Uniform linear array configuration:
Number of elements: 32
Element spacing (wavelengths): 1
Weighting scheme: blackman
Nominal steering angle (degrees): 15
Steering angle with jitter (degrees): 16.084
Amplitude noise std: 0.05
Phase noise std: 0.05

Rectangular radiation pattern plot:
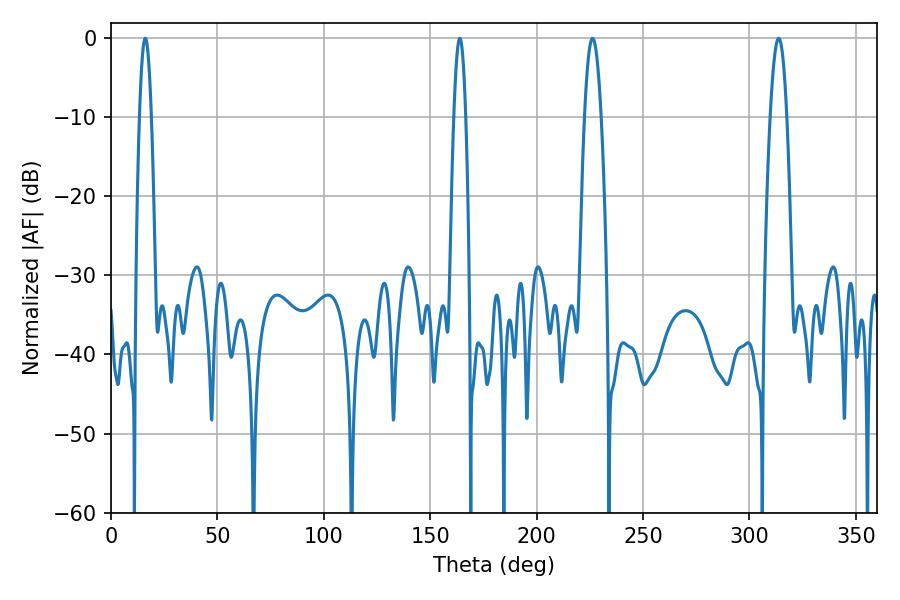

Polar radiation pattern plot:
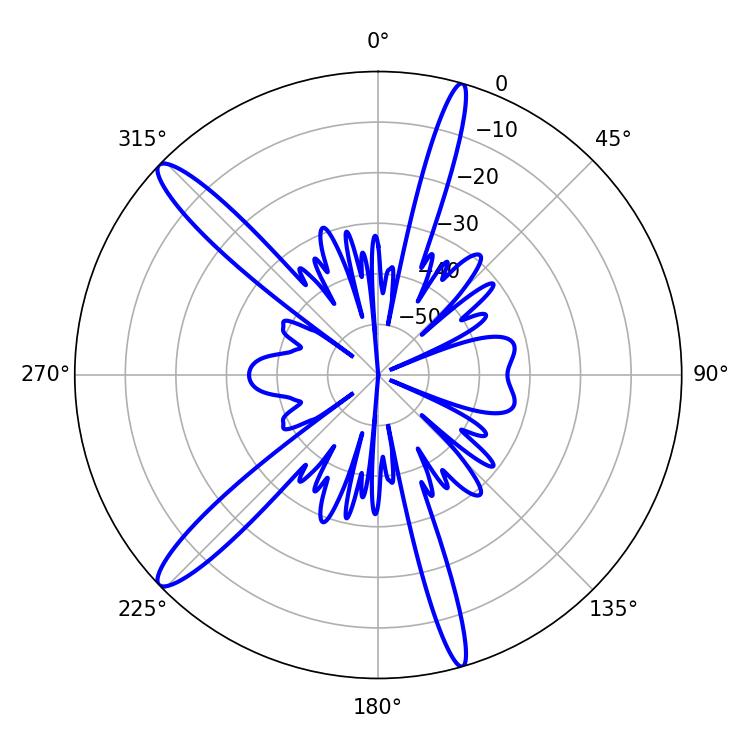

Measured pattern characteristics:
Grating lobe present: TRUE
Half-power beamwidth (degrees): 4.32
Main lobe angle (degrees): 226.26